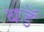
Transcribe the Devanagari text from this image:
बडॅ